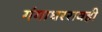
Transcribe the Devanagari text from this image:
गंगाधररावही